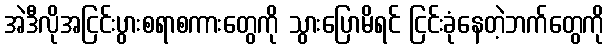
အဲဒီလိုအငြင်းပွားစရာစကားတွေကို သွားပြောမိရင် ငြင်းခုံနေတဲ့ဘက်တွေကို